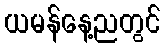
ယမန်နေ့ညတွင်